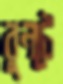
বুনটে